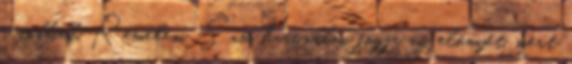
a többiek. Remélem, Sam használni fogja az előnyét, mert